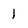
Character: 1